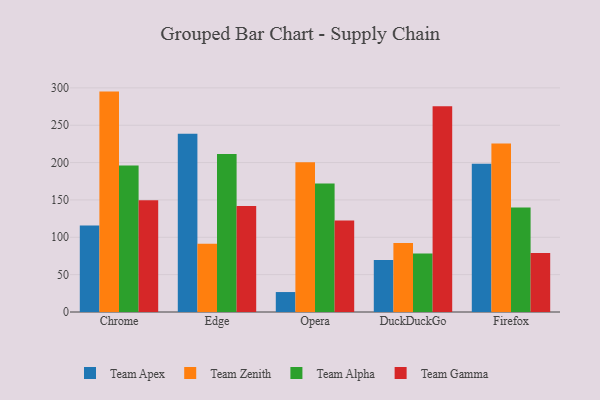
{"axis": {"x": "Browser", "y": "Website Visitors"}, "legend": ["Team Alpha", "Team Apex", "Team Gamma", "Team Zenith"], "data": [{"x": "Chrome", "y": 115.8, "type": "Team Apex"}, {"x": "Chrome", "y": 295.0, "type": "Team Zenith"}, {"x": "Chrome", "y": 196.2, "type": "Team Alpha"}, {"x": "Chrome", "y": 149.6, "type": "Team Gamma"}, {"x": "Edge", "y": 238.6, "type": "Team Apex"}, {"x": "Edge", "y": 91.4, "type": "Team Zenith"}, {"x": "Edge", "y": 211.6, "type": "Team Alpha"}, {"x": "Edge", "y": 141.8, "type": "Team Gamma"}, {"x": "Opera", "y": 26.7, "type": "Team Apex"}, {"x": "Opera", "y": 200.6, "type": "Team Zenith"}, {"x": "Opera", "y": 172.0, "type": "Team Alpha"}, {"x": "Opera", "y": 122.6, "type": "Team Gamma"}, {"x": "DuckDuckGo", "y": 69.5, "type": "Team Apex"}, {"x": "DuckDuckGo", "y": 92.4, "type": "Team Zenith"}, {"x": "DuckDuckGo", "y": 78.4, "type": "Team Alpha"}, {"x": "DuckDuckGo", "y": 275.3, "type": "Team Gamma"}, {"x": "Firefox", "y": 198.4, "type": "Team Apex"}, {"x": "Firefox", "y": 225.4, "type": "Team Zenith"}, {"x": "Firefox", "y": 139.9, "type": "Team Alpha"}, {"x": "Firefox", "y": 79.1, "type": "Team Gamma"}]}